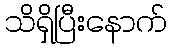
သိရှိပြီးနောက်